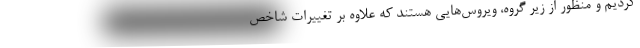
کردیم و منظور از زیر گروه، ویروس‌هایی هستند که علاوه بر تغییرات شاخص